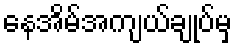
နေအိမ်အကျယ်ချုပ်မှ